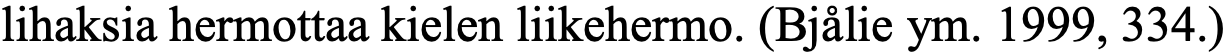
lihaksia hermottaa kielen liikehermo. (Bjålie ym. 1999, 334.)